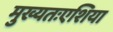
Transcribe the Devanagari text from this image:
मुख्यतःएशिया